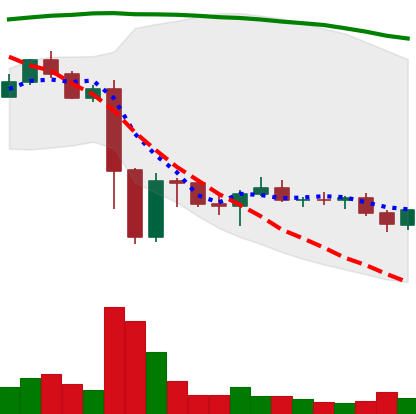
Ticker: EOS-USD
Chart end date: 2022-11-22
Forward return: 5.862%
Label: up_5_7